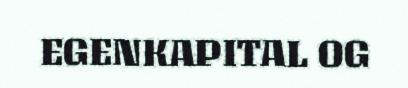
EGENKAPITAL OG